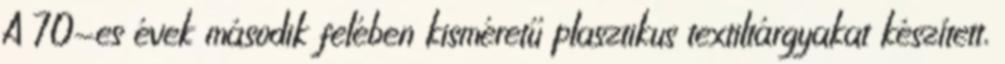
A 70-es évek második felében kisméretű plasztikus textiltárgyakat készített,